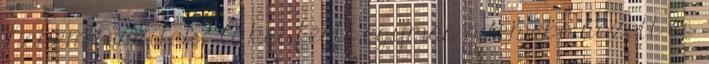
Nekem teszitek." A két férfi egymás szemébe nézett és